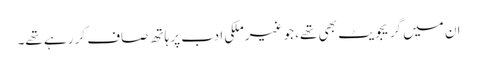
ان میں گریجویٹ بھی تھے، جو غیرملکی ادب پر ہاتھ صاف کر رہے تھے۔